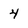
Character: 4